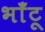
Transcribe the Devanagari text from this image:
भाँटू